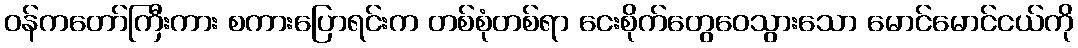
ဝန်ကတော်ကြီးကား စကားပြောရင်းက တစ်စုံတစ်ရာ ငေးစိုက်တွေဝေသွားသော မောင်မောင်ငယ်ကို